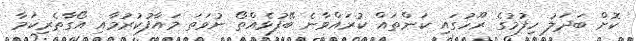
ކޮށް ބަދަލު ހިފުމުގެ ރޫހުގައި ކަންތައް ކުރައްވާނެ ބޭފުޅެއްތޯ ނުވަތަ މައާފުކުރުމާއި އޯގާތެރިކަމާ